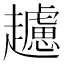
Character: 𧾧